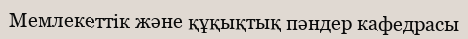
Мемлекеттік және құқықтық пәндер кафедрасы